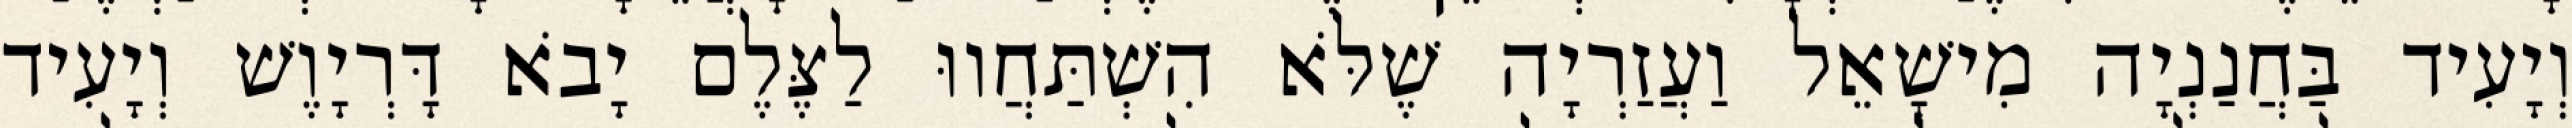
וְיָעִיד בַּחֲנַנְיָה מִישָׁאֵל וַעֲזַרְיָה שֶׁלֹּא הִשְׁתַּחֲווּ לַצֶּלֶם יָבֹא דָּרְיָוֶשׁ וְיָעִיד